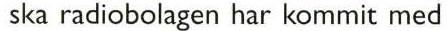
 ska radiobolagen har kommit med